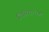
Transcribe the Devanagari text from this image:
तिमिरान्धता